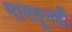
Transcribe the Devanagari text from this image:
मागवूनही